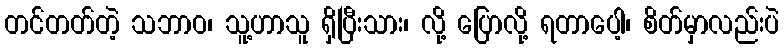
တင်တတ်တဲ့ သဘာဝ၊ သူ့ဟာသူ ရှိပြီးသား၊ လို့ ပြောလို့ ရတာပေါ့၊ စိတ်မှာလည်းပဲ